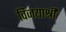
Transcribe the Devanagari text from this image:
विजयाश्री